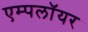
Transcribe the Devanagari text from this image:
एम्पलॉयर